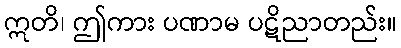
ဣတိ၊ ဤကား ပဏာမ ပဋိညာတည်း။